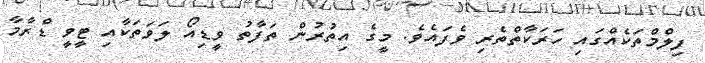
ފިލްމްތަކެއްގައި ހަރަކާތްތެރި ވެފައެވެ. މީގެ އިތުރުން ތަފާތު ވީޑިއޯ ލަވަތަކާއި ޓީވީ ޑްރާމާ